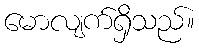
မောလျက်ရှိသည်။